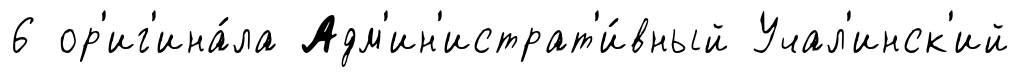
6 ор'иг'ина́ла Адм'ин'истрат'и́вный Учал'инск'ий